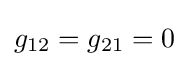
g_{12}=g_{21}=0